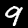
Label: 9